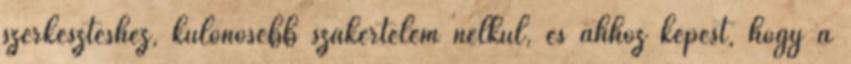
szerkesztéshez, különösebb szakértelem nélkül, és ahhoz képest, hogy a